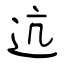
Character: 迒